Lunatic asylums Punjab 1911-1921 - 1911-1921
Year: 1911
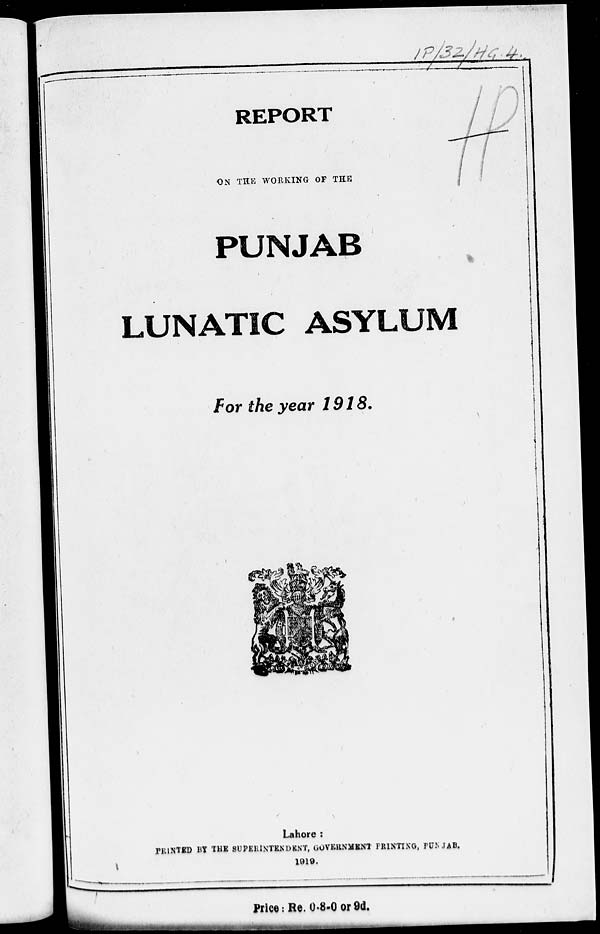
REPORT
ON THE WORKING OF THE
PUNJAB
LUNATIC ASYLUM
For the year 1918.
Lahore :
PRINTED BY THE SUPERINTENDENT, GOVERNMENT PRINTING, PUNJAB.
1919.